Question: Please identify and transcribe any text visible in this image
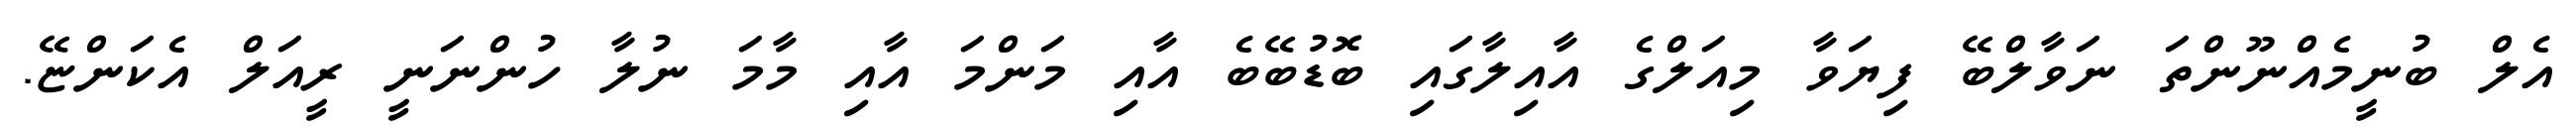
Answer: އެލް ބުނީމެއްނޫންތަ ނަވާލްބޭ ފިޔަވާ މިއަލްގެ އާއިލާގައި ބޮޑުބޭބެ އާއި މަންމަ އާއި މާމަ ނުލާ ހުންނަނީ ރީއަލް އެކަންޏޭ.